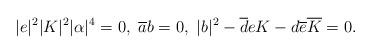
LaTeX: \begin{align*}|e|^{2}|K|^{2}|\alpha|^{4}=0,\ \overline{a}b=0,\ |b|^{2}-\overline{d}eK-d\overline{e}\overline{K}=0.\end{align*}